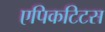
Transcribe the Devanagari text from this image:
एपिकटिटस